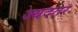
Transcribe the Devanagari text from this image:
ज्यदतर